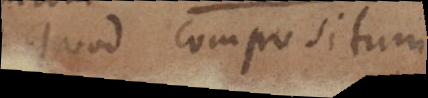
Quod compositum